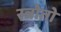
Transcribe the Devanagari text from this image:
स्त्रोतो